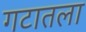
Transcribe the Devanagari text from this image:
गटातला